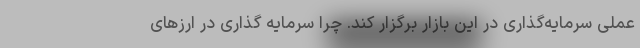
عملی سرمایه‌گذاری در این بازار برگزار کند. چرا سرمایه گذاری در ارزهای